Jaan_Tonisson_(Lasteleht), lk 300
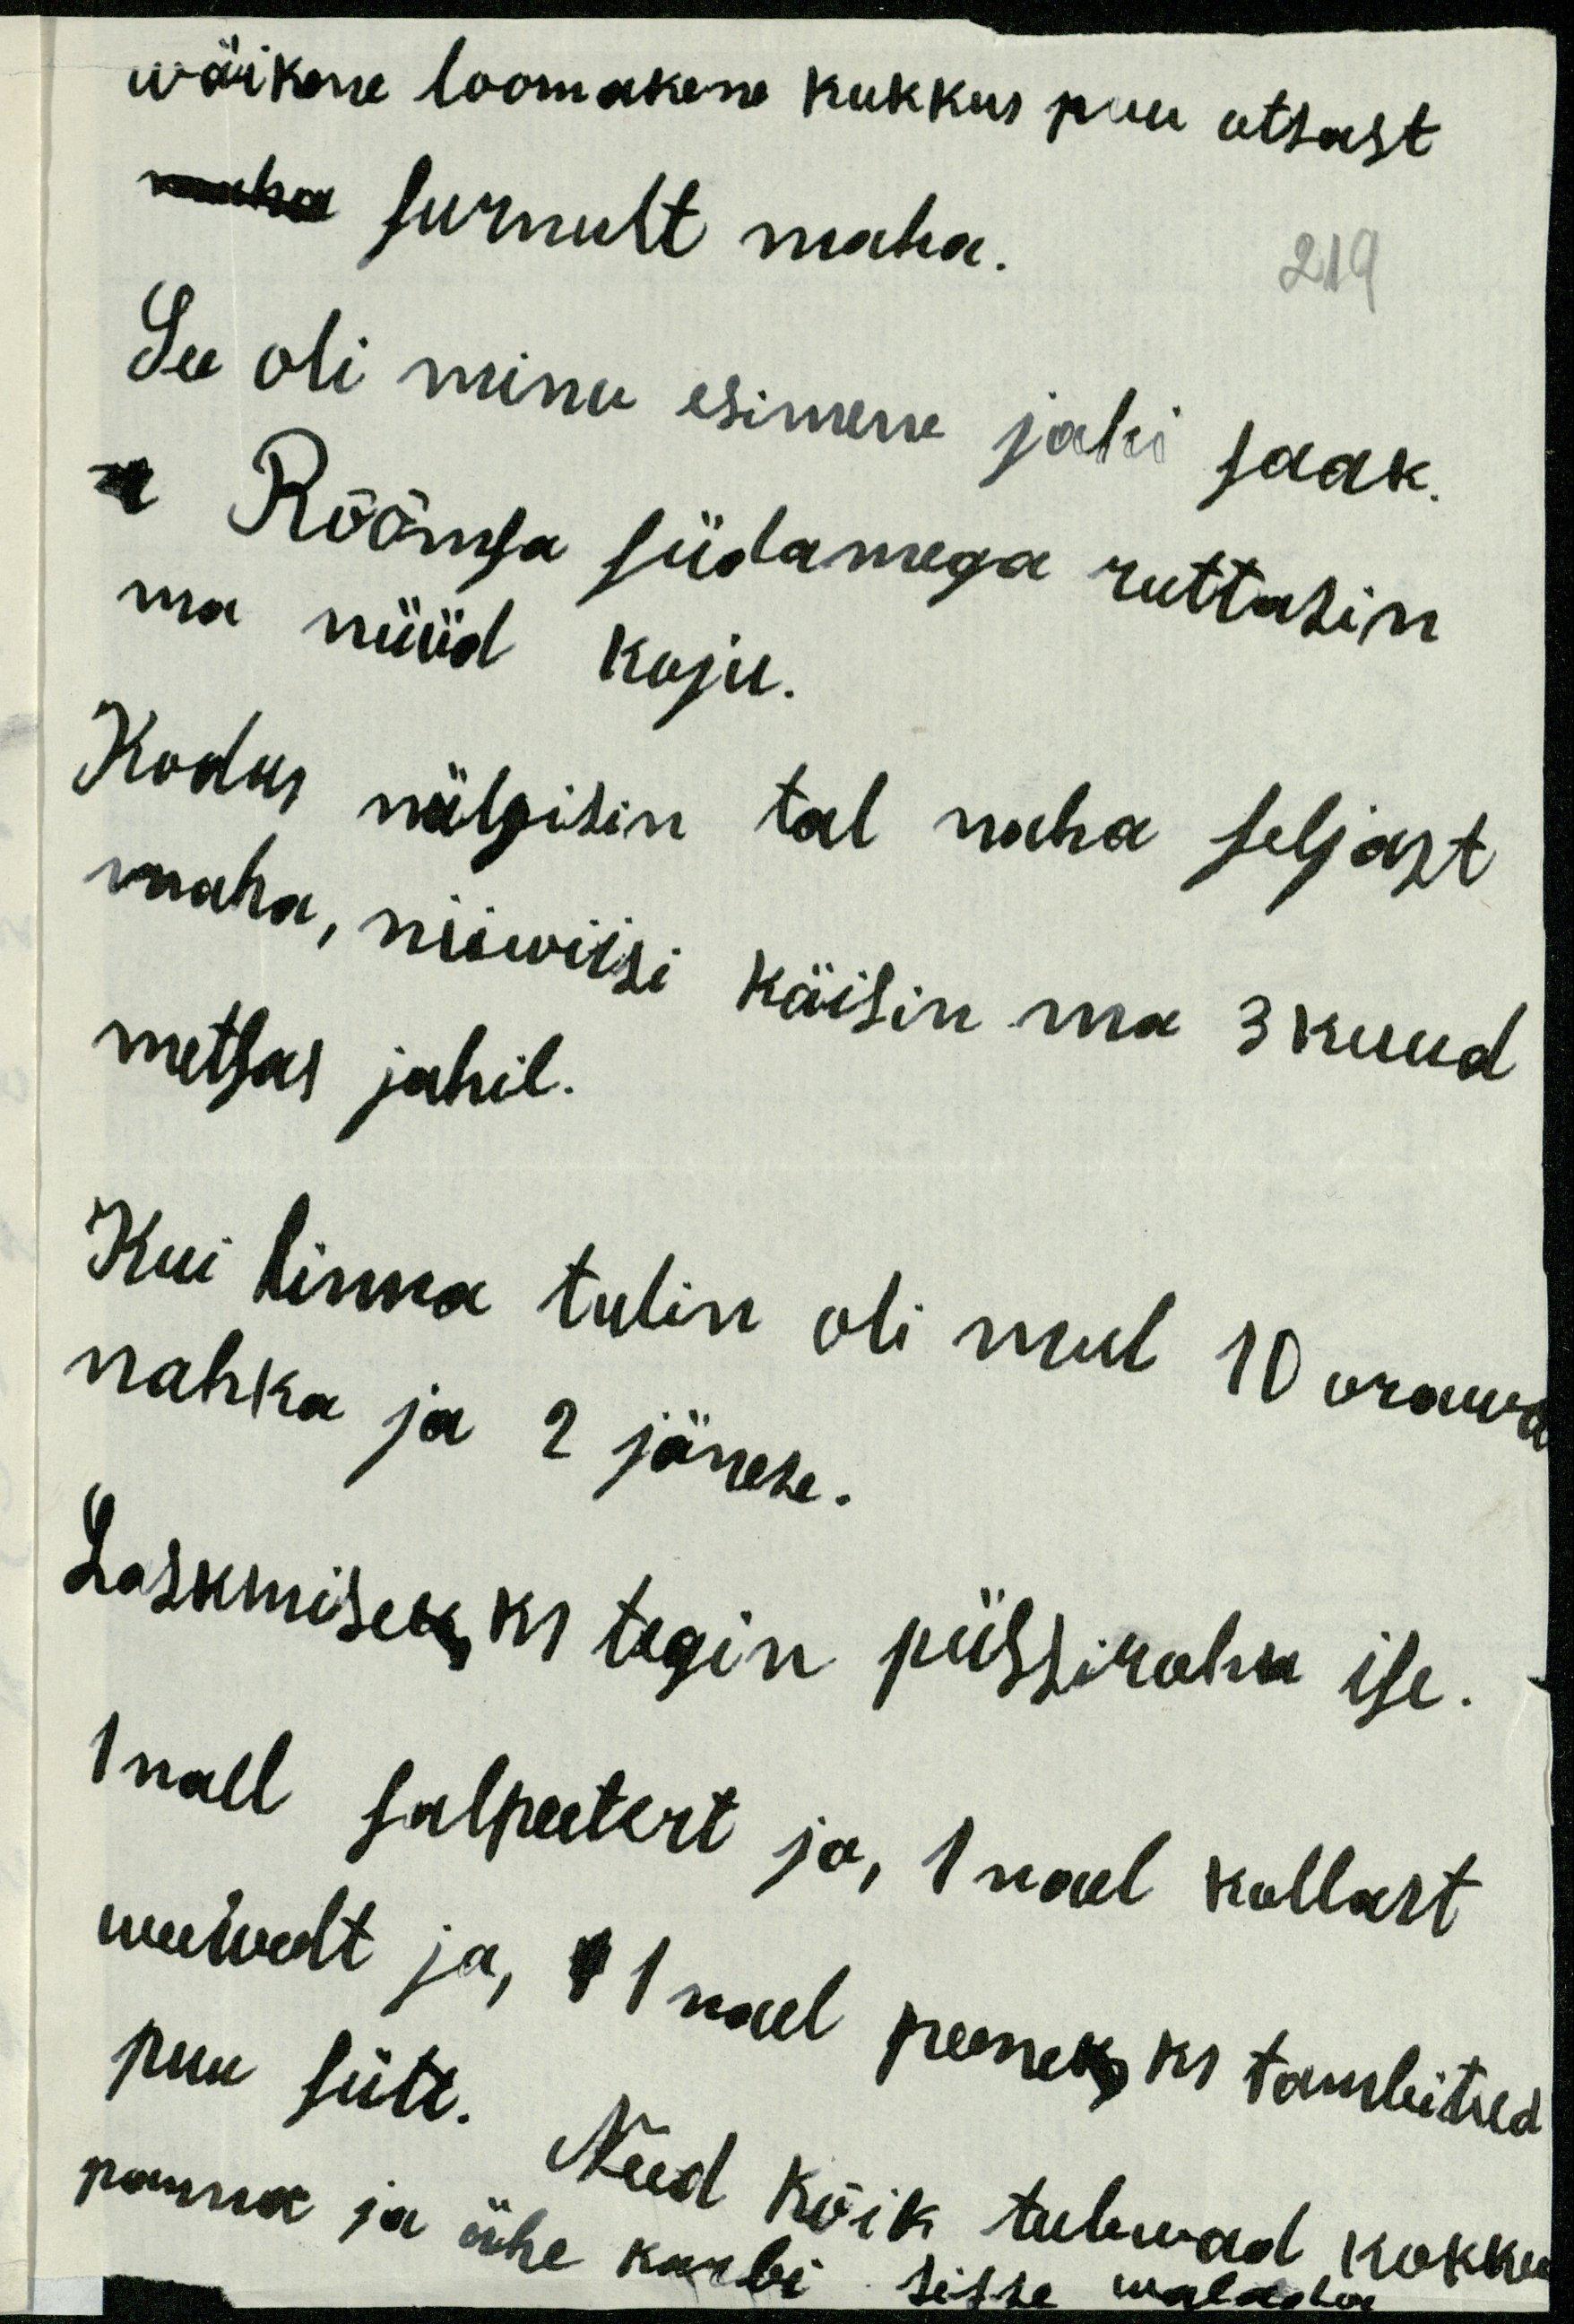
wäikene loomakene kukkus puu otsast
maha surnult maha.
219
See oli minu esimene jahi saak.
Rõõmsa südamega ruttasin
ma nüüd koju.
Kodus nülgisin tal naha seljast
maha, niiwiisi käisin ma 3 kuud
metsas jahil.
Kui linna tulin oli mul 10 orawa
nahka ja 2 jänese.
Laskmiseks tegin püssirohu ise.
1 nael salpeetert ja, 1 nael kollast
weeweelt ja, x 1 nael peeneks ks tambitud
puu sütt.
Need kõik tulewad kokku
sisse walada. panna ja ühe karbi tulewad kokku